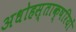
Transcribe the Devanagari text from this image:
अधोहस्ताक्षरियों